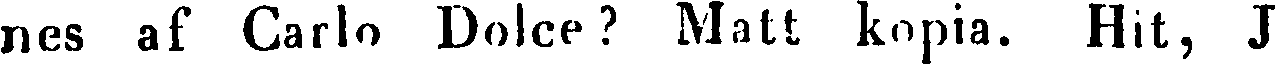
nes af Carlo, Dolce ? Matt kopia. Hit, J